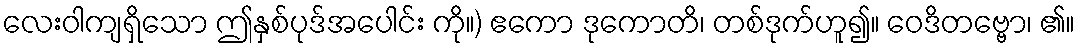
လေးဝါကျရှိသော ဤနှစ်ပုဒ်အပေါင်း ကို။) ဧကော ဒုကောတိ၊ တစ်ဒုက်ဟူ၍။ ဝေဒိတဗ္ဗော၊ ၏။